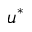
u ^ { * }